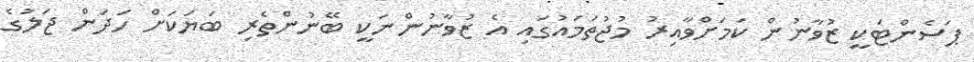
ޕަސެންޓަކީ ޒުވާނުން ކަމަށްވާއިރު މުޖުތަމައުގައި އެ ޒުވާނުންނަކީ ބޭނުންތެރި ބަޔަކަށް ހަދަން ޖަލުގެ